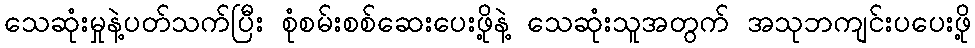
သေဆုံးမှုနဲ့ပတ်သက်ပြီး စုံစမ်းစစ်ဆေးပေးဖို့နဲ့ သေဆုံးသူအတွက် အသုဘကျင်းပပေးဖို့